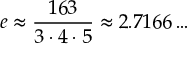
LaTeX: e \approx { \frac { 1 6 3 } { 3 \cdot 4 \cdot 5 } } \approx 2 . 7 1 6 6 \dots